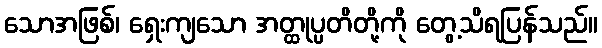
သောအဖြစ်၊ ရှေးကျသော အတ္ထုပ္ပတိတို့ကို တွေ့သိရပြန်သည်။